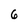
Character: 6